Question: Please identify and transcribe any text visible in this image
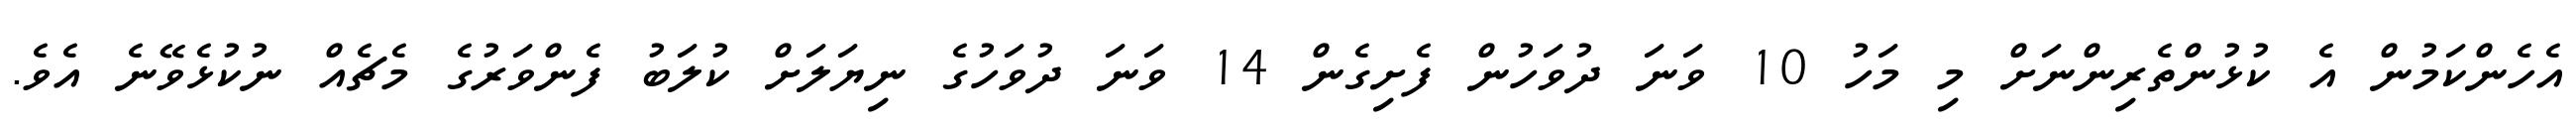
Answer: އެހެންކަމުން އެ ކުޅުންތެރިންނަށް މި މަހު 10 ވަނަ ދުވަހުން ފެށިގެން 14 ވަނަ ދުވަހުގެ ނިޔަލަށް ކުލަބު ފެންވަރުގެ މެޗެއް ނުކުޅެވޭނެ އެވެ.